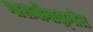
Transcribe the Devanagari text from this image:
गाराबोगाझ्गोल